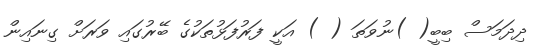
ދިދަމަސް ބިބީ( )ނުވަތަ ( ) އަކީ ފަރުފަޅުތަކުގެ ބޭރުގައި ވަރަށް ގިނައިން